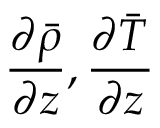
\frac { \partial \bar { \rho } } { \partial z } , \frac { \partial \bar { T } } { \partial z }